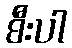
စီးပါ